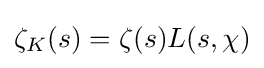
\zeta _{K}(s)=\zeta (s)L(s,\chi )